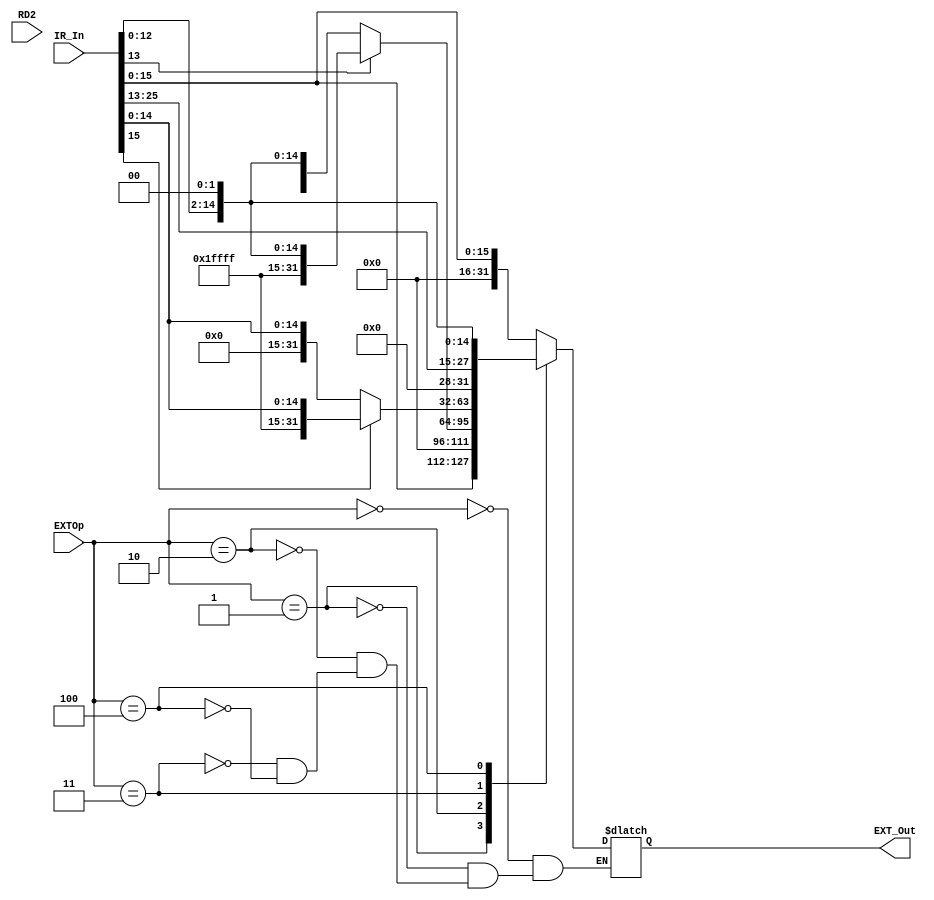
`timescale 1ns / 1ps
//////////////////////////////////////////////////////////////////////////////////
// Company: 
// Engineer: 
// 
// Design Name: 
// Module Name:    EXT 
// Project Name: 
// Target Devices: 
// Tool versions: 
// Description: 
//
// Dependencies: 
//
// Revision: 
// Revision 0.01 - File Created
// Additional Comments: 
//
//////////////////////////////////////////////////////////////////////////////////
module EXT(
    input [2:0] EXTOp,
    input [31:0] IR_In, 
	 input [31:0] RD2,
	 output reg [31:0] EXT_Out
    );
	 
	 initial begin
	    EXT_Out <= 32'h00000000;
	 end
	 
	 always @ (*) begin
	 
	    case(EXTOp)
		    
			 3'b000: EXT_Out <= {16'h0000, IR_In[15:0]};
			 
			 3'b001: EXT_Out <= {IR_In[15:0], 16'h0000};
			 
			 3'b010: begin
			    if(IR_In[13] == 1)
				    EXT_Out <= {16'hffff, IR_In[13:0], 2'b00};
				 else
				    EXT_Out <= {16'h0000, IR_In[13:0], 2'b00};
			 end
			 
			 3'b011: begin
			    if(IR_In[15] == 1)
				    EXT_Out <= {16'hffff, IR_In[15:0]};
				 else
				    EXT_Out <= {16'h0000, IR_In[15:0]};
			 end
			 
			 3'b100: EXT_Out <= {4'b0000, IR_In[25:0], 2'b00};

       
		 endcase
		 
	 end

endmodule